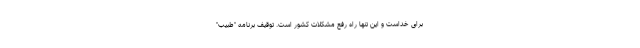
برای خداست و این تنها راه رفع مشکلات کشور است. توقیف برنامه "طبیب"